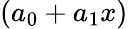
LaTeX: (a_{0}+a_{1}x)